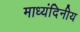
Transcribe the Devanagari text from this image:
माध्यंदिनीय